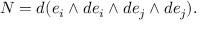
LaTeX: N = d ( e _ { i } \wedge d e _ { i } \wedge d e _ { j } \wedge d e _ { j } ) .